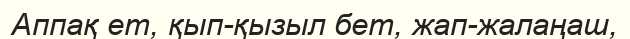
Аппақ ет, қып-қызыл бет, жап-жалаңаш,